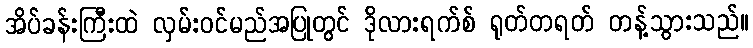
အိပ်ခန်းကြီးထဲ လှမ်းဝင်မည်အပြုတွင် ဒိုလားရက်စ် ရုတ်တရတ် တန့်သွားသည်။